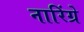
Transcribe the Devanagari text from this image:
नारिंग्रे